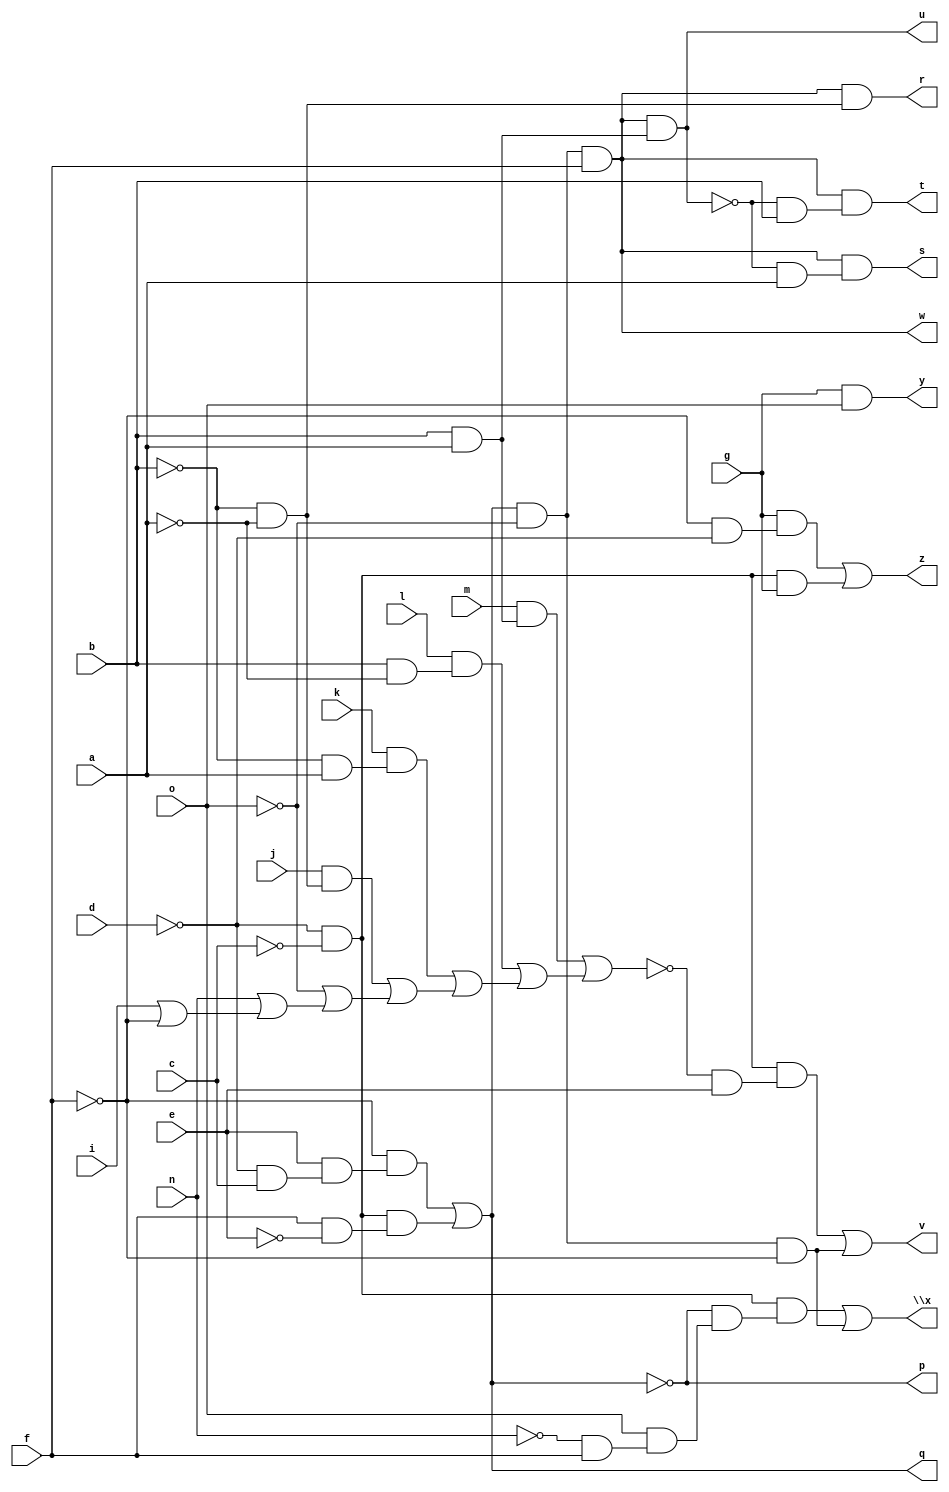
// IWLS benchmark module "cu" printed on Wed May 29 16:31:30 2002
module cu(a, b, c, d, e, f, g, i, j, k, l, m, n, o, p, q, r, s, t, u, v, w, \x , y, z);
input
  a,
  b,
  c,
  d,
  e,
  f,
  g,
  i,
  j,
  k,
  l,
  m,
  n,
  o;
output
  p,
  q,
  r,
  s,
  t,
  u,
  v,
  w,
  \x ,
  y,
  z;
wire
  \[7] ,
  \[8] ,
  \[9] ,
  \[10] ,
  \[0] ,
  \[11] ,
  \[1] ,
  \[12] ,
  \[2] ,
  \[3] ,
  \[4] ,
  a1,
  \[5] ,
  \[6] ;
assign
  \[7]  = \[12]  & f,
  \[8]  = (\[11]  & (~\[1]  & (o & (~n & f)))) | (\[12]  & ~f),
  \[9]  = g & o,
  \[10]  = (g & (~f & ~d)) | (\[11]  & g),
  \[0]  = ~\[1] ,
  \[11]  = ~d & ~c,
  \[1]  = (~f & (e & (~d & c))) | (\[11]  & (f & ~e)),
  \[12]  = \[1]  & ~o,
  p = \[0] ,
  q = \[1] ,
  r = \[2] ,
  s = \[3] ,
  t = \[4] ,
  \[2]  = \[7]  & (~b & ~a),
  u = \[5] ,
  v = \[6] ,
  w = \[7] ,
  \x  = \[8] ,
  y = \[9] ,
  z = \[10] ,
  \[3]  = \[7]  & (~\[5]  & a),
  \[4]  = \[7]  & (~\[5]  & b),
  a1 = (m & (b & a)) | ((l & (b & ~a)) | ((k & (~b & a)) | ((j & (~b & ~a)) | (~o | (n | (i | ~f)))))),
  \[5]  = \[7]  & (b & a),
  \[6]  = (\[11]  & (~a1 & e)) | (\[12]  & ~f);
endmodule